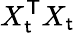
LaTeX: X_{\mathsf{t}}^{\mathsf{{T}}}X_{\mathsf{t}}